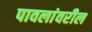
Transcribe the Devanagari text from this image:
पावलांवरील